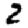
Digit: 2